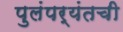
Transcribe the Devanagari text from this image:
पुलंपर्यंतची